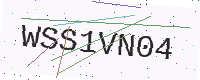
Text: WSS1VN04